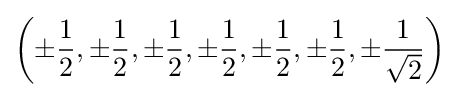
\left(\pm {1 \over 2},\pm {1 \over 2},\pm {1 \over 2},\pm {1 \over 2},\pm {1 \over 2},\pm {1 \over 2},\pm {1 \over {\sqrt {2}}}\right)